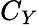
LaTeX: C_{Y}